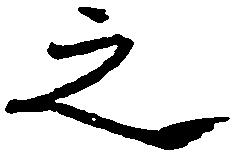
之